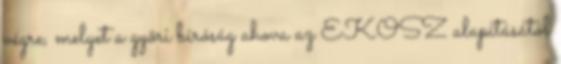
végre, melyet a gyõri bíróság ahova az EKOSZ alapításától